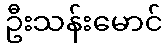
ဦးသန်းမောင်